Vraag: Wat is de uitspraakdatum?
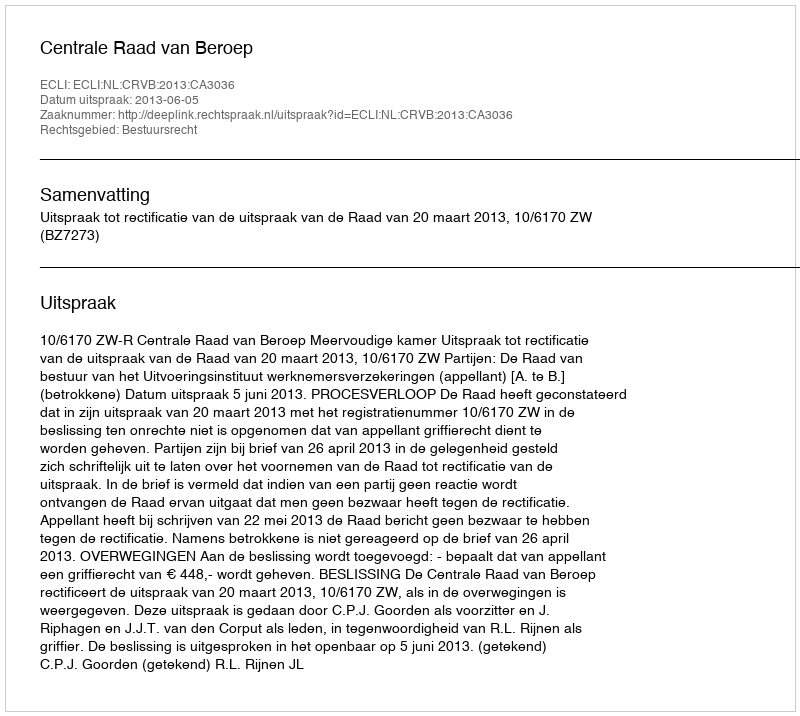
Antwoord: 2013-06-05